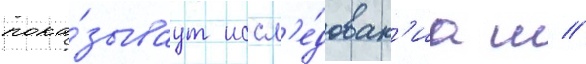
пока́зываут иссл'е́дован'иа ш //